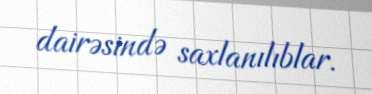
dairəsində saxlanılıblar.